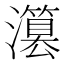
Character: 𤂳